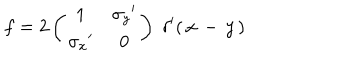
LaTeX: f = 2 \left( \begin{array} { c c } { { 1 } } & { { { \sigma _ { y } } ^ { \prime } } } \\ { { { \sigma _ { x } } ^ { \prime } } } & { { 0 } } \\ \end{array} \right) \; \delta ^ { \prime } ( \, x \, - \, y \, )